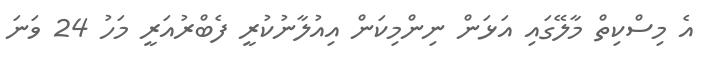
އެ މިސްކިތް މާލޭގައި އަޅަން ނިންމިކަން އިއުލާނުކުރީ ފެބްރުއަރީ މަހު 24 ވަނަ